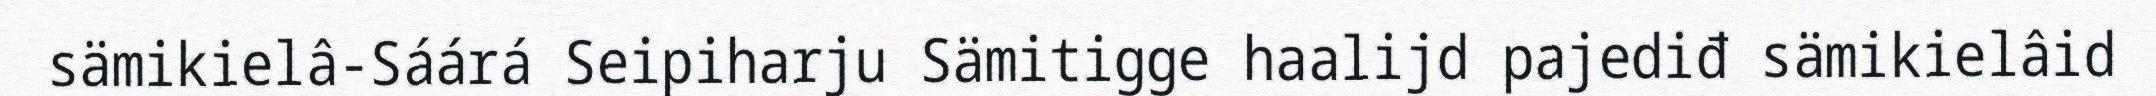
sämikielâ-Sáárá Seipiharju Sämitigge haalijd pajediđ sämikielâid